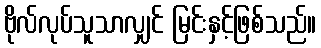
ဗိုလ်လုပ်သူသာလျှင် မြင်းနှင့်ဖြစ်သည်။